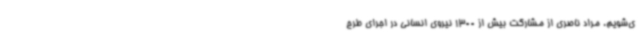
ی‌شویم. مراد ناصری از مشارکت بیش از 1300 نیروی انسانی در اجرای طرح